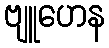
ဗျူဟေန